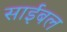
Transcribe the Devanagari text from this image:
साईबल